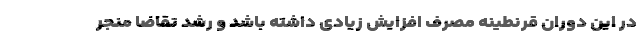
در این دوران قرنطینه مصرف افزایش زیادی داشته باشد و رشد تقاضا منجر